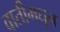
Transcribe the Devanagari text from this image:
वातीमधून